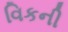
વિકની